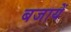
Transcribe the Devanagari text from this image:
बजायें